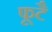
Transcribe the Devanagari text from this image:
फूटै